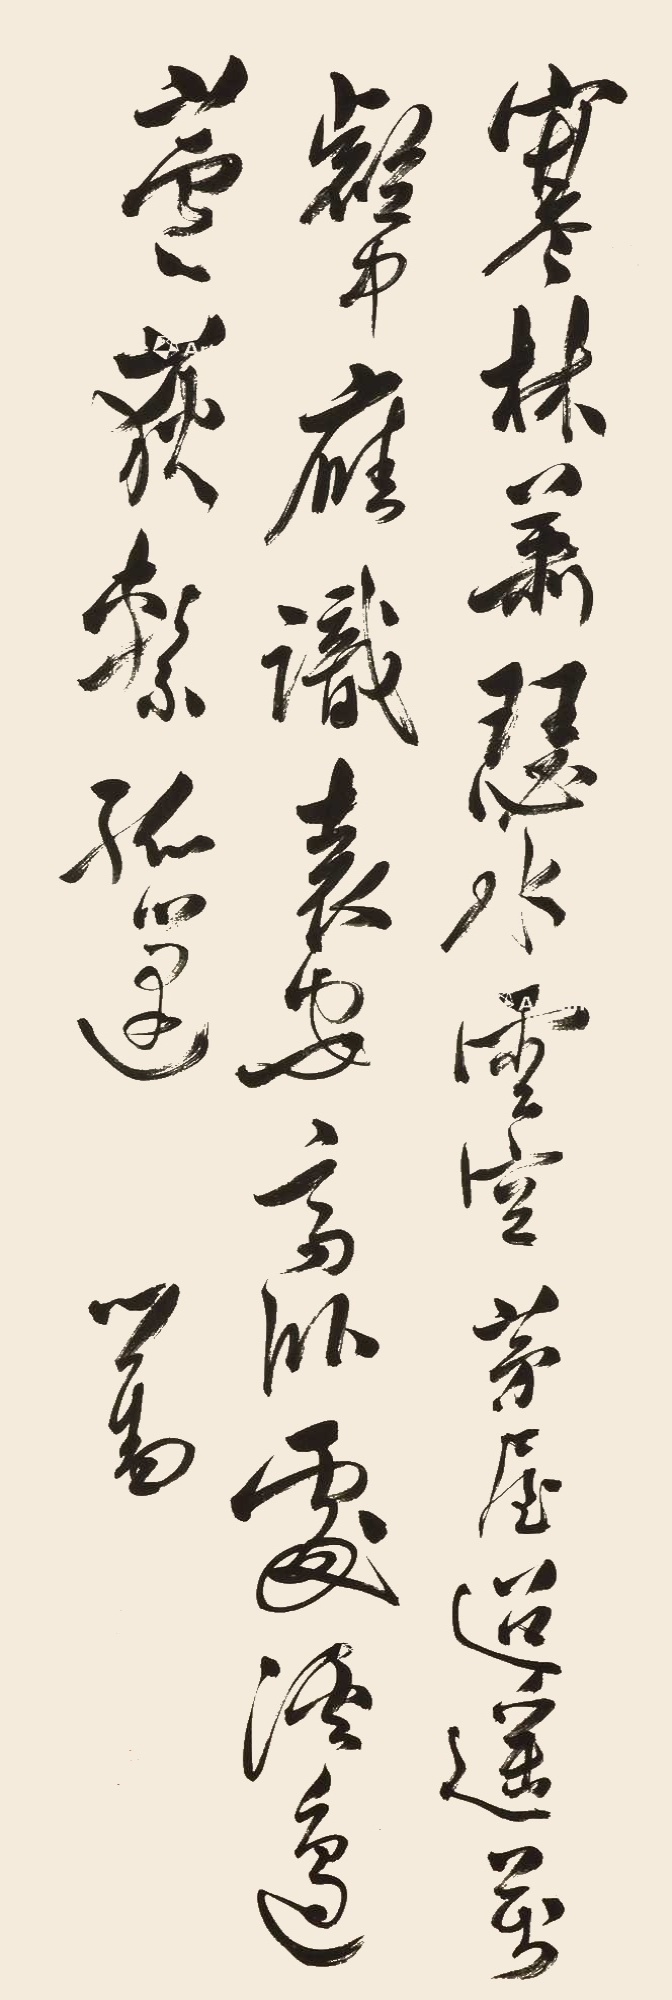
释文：寒林萧瑟水云空，茅屋迢遥万壑中。应识袁安高卧处，溪边芦荻系孤蓬。心畬。